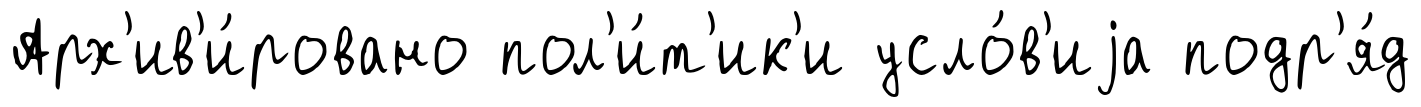
Арх'ив'и́ровано пол'и́т'ик'и усло́в'иjа подр'я́д